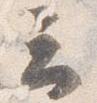
云